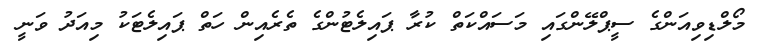
މޯލްޑިވިއަންގެ ސީޕްލޭންގައި މަސައްކަތް ކުރާ ޕައިލެޓުންގެ ތެރެއިން ހަތް ޕައިލެޓަކު މިއަދު ވަނީ